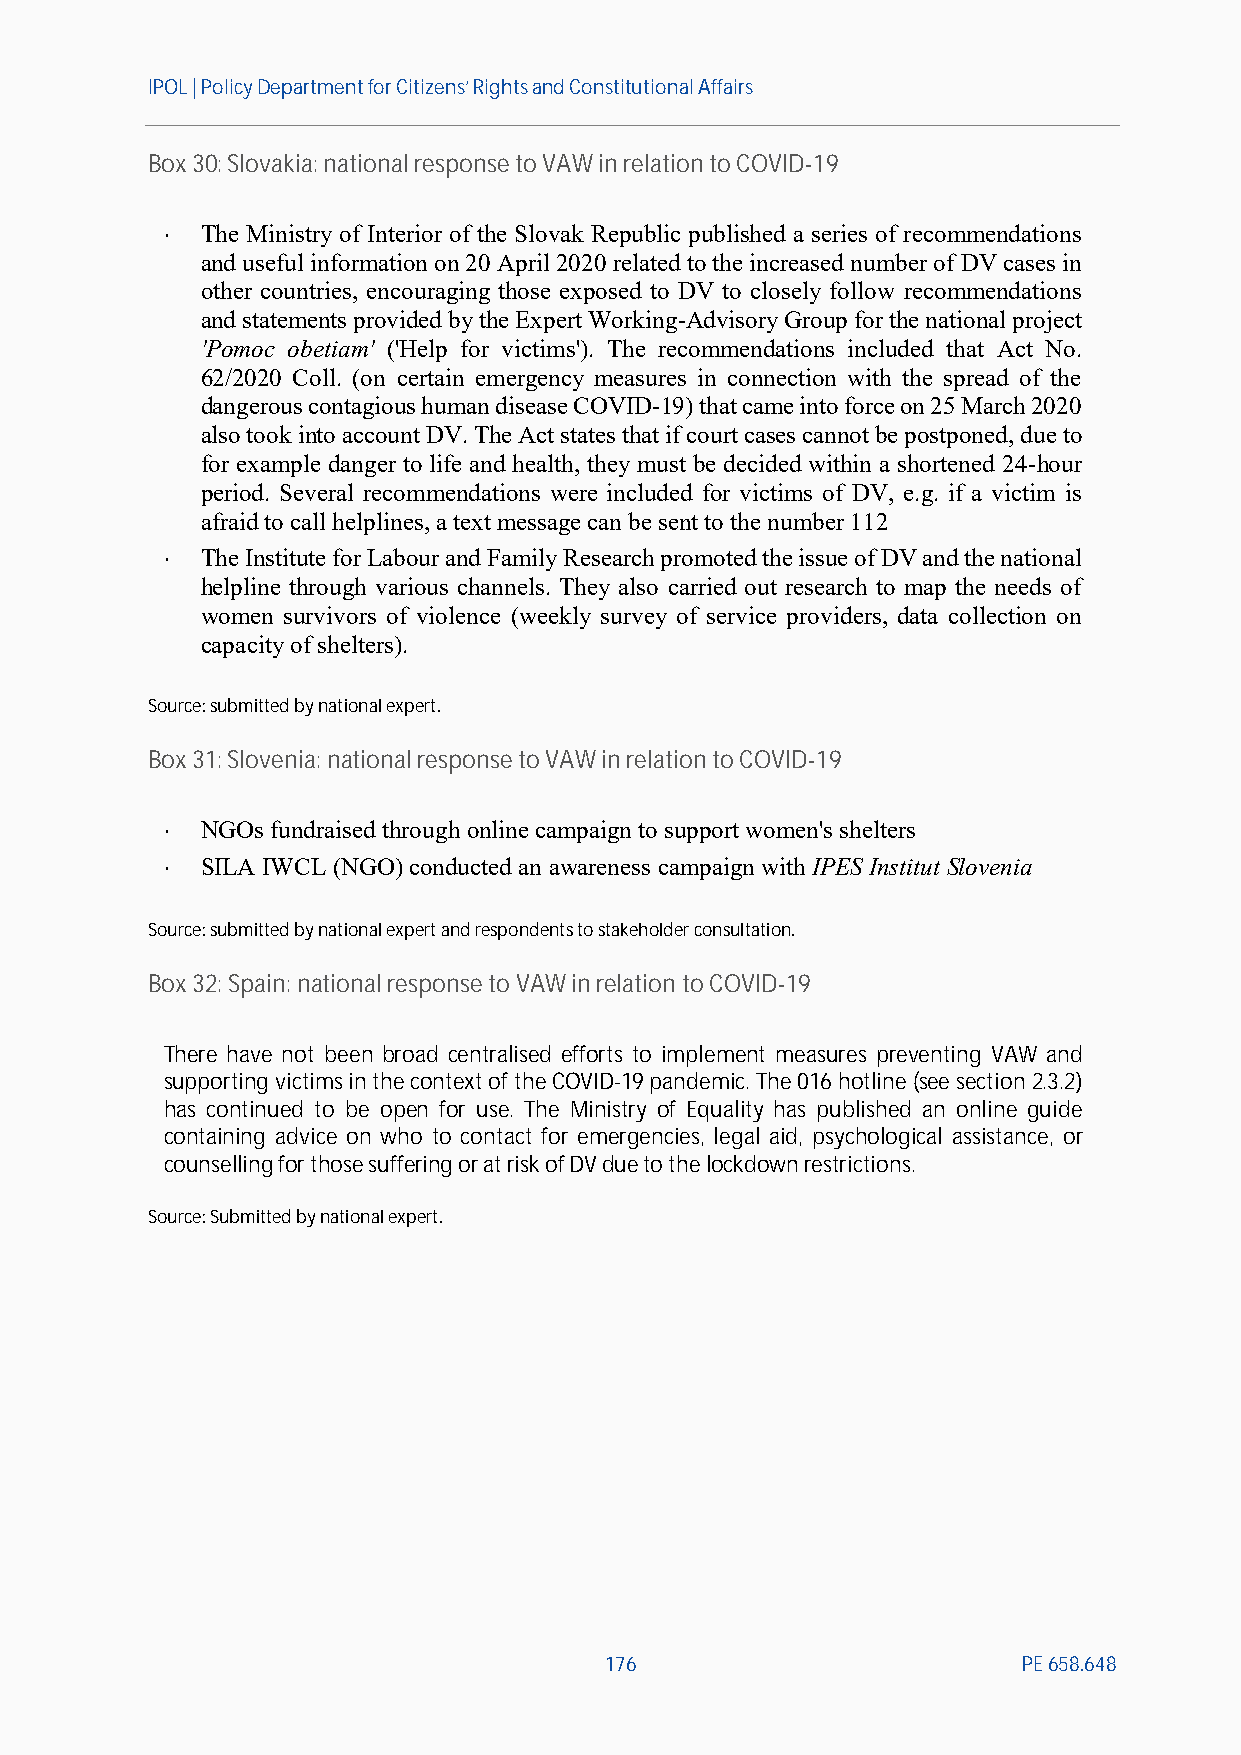
IPOL | Policy Departmentfor Citizens’ Rights and Constitutional Affairs
 Box30: Slovakia: national response to VAW in relation to COVID-19
  The Ministry of Interior of the Slovak Republic published a series of recommendations
 and useful information on 20 April 2020 related to the increased number of DV cases in
 other countries, encouraging those exposed to DV to closely follow recommendations
 and statements provided by the Expert Working-Advisory Group for the national project
 'Pomoc obetiam' ('Help for victims'). The recommendations included that Act No.
 62/2020 Coll. (on certain emergency measures in connection with the spread of the
 dangerous contagious human disease COVID-19) that came into force on 25 March 2020
 also took into account DV. The Act states that if court cases cannot be postponed, due to
 for example danger to life and health, they must be decided within a shortened 24-hour
 period. Several recommendations were included for victims of DV, e.g. if a victim is
 afraid to call helplines, a text message can be sent to the number 112
  The Institute for Labour and Family Research promoted the issue of DV and the national
 helpline through various channels. They also carried out research to map the needs of
 women survivors of violence (weekly survey of service providers, data collection on
 capacity of shelters).
 Source:submitted by national expert.
 Box31: Slovenia:national response to VAW in relation to COVID-19
  NGOs fundraised through online campaign to support women's shelters
  SILA IWCL(NGO) conducted an awareness campaign with IPES Institut Slovenia
 Source:submitted by national expertand respondents to stakeholder consultation.
 Box32: Spain:national response to VAW in relation to COVID-19
 There have not been broad centralised efforts to implement measures preventing VAW and
 supporting victims in the context of the COVID-19 pandemic. The 016 hotline (see section2.3.2)
 has continued to be open for use. The Ministry of Equality has published an online guide
 containing advice on who to contact for emergencies, legal aid, psychological assistance, or
 counselling for those suffering or at risk ofDVdue to thelockdown restrictions.
 Source:Submitted by national expert.
 176                         PE658.648